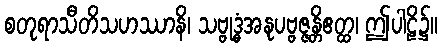
စတုရာသီတိသဟဿာနိ၊ သဗ္ဗုဒ္ဓံအနုပဗ္ဗဇ္ဇန္တိဧတ္ထ၊ ဤပါဠိ၌။